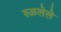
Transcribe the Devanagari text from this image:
रुळलेले